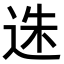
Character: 𨒲